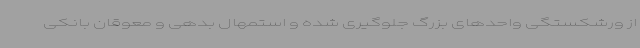
از ورشکستگی واحدهای بزرگ جلوگیری شده و استمهال بدهی و معوقان بانکی